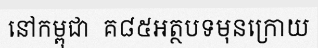
នៅកម្ពុជា  គ៨៥អត្ថបទមុនក្រោយ